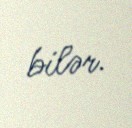
bilər.